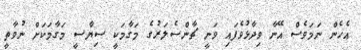
އެހެން ނަމަވެސް އޭނާ ވިދާޅުވެފައި ވަނީ ޗާންސެލަރުގެ މަގާމަކީ ސިޔާސީ މަގާމަކަށް ނުވާތީ